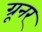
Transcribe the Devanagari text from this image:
ग्रूनर